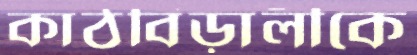
কাঠবিড়ালীকে